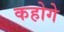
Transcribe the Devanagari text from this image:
कहोगे